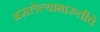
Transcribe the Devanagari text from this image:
असलेल्यामारुतीचे